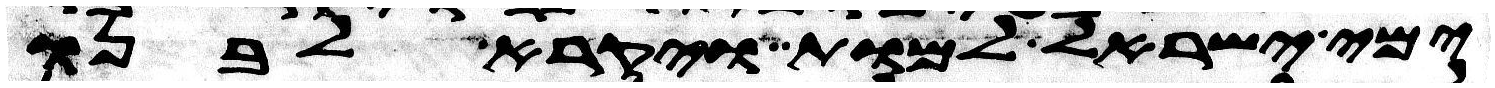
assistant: ימי ישראל למות ויקרא לבנו